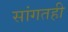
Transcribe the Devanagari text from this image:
सांगतही